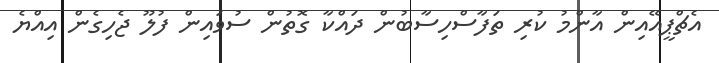
އެޗްޕީއޭއިން އާންމު ކުރި ތަފާސްހިސާބުން ދައްކާ ގޮތުން ސުވައިން ފުލޫ ޖެހިގެން އިއްޔެ